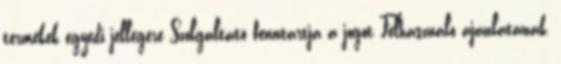
termékek egyedi jellegére Szolgáltató fenntartja a jogot Felhasználó ajánlatának,